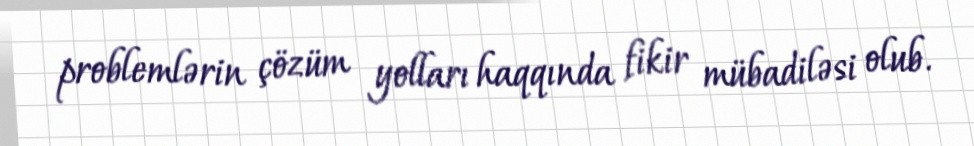
problemlərin çözüm yolları haqqında fikir mübadiləsi olub.